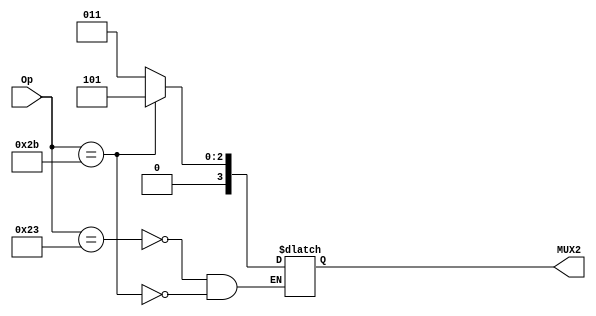
module ROM2(Op,MUX2);
input[5:0] Op;
output reg[3:0] MUX2;
always@(*) begin
    case(Op) 
    6'b100011:MUX2=4'b0011;
    6'b101011:MUX2=4'b0101;
endcase
end
endmodule